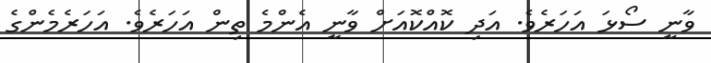
ވާނީ ސޯޅަ އަހަރެވެ. އަދި ކޮއްކޮއަށް ވާނީ އެންމެ ތިން އަހަރެވެ. އަހަރެމެންގެ